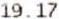
19.17